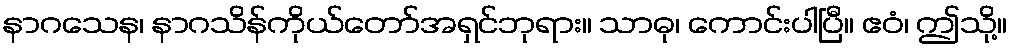
နာဂသေန၊ နာဂသိန်ကိုယ်တော်အရှင်ဘုရား။ သာဓု၊ ကောင်းပါပြီ။ ဧဝံ၊ ဤသို့။